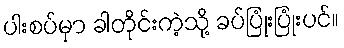
ပါးစပ်မှာ ခါတိုင်းကဲ့သို့ ခပ်ပြုံးပြုံးပင်။